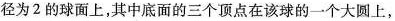
径为 2 的球面上，其中底面的三个顶点在该球的一个大圆上，